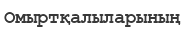
Омыртқалыларының